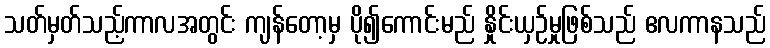
သတ်မှတ်သည့်ကာလအတွင်း ကျန်တော့မှ ပို၍ကောင်းမည် နှိုင်းယှဉ်မှုဖြစ်သည် ဧလကာနသည်